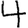
Digit: 4